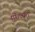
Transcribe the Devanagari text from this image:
पोतवारी